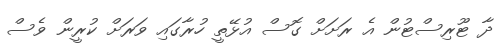
ދާ ޓޫރިސްޓުން އެ ރަށަށް ގޮސް އުޅޭތީ ހުރާގައި ވަރަށް ކުރީން ވެސް